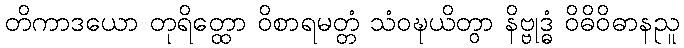
တိကာဒယော တုရိတ္ထော ဝိစာရမတ္တံ သံဝဍ္ဎယိတွာ နိဗ္ဗုဒ္ဓံ ဝိဓိဝိဓာနညူ